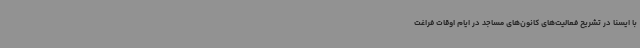
با ایسنا در تشریح فعالیت‌های کانون‌های مساجد در ایام اوقات فراغت